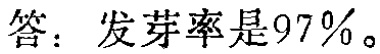
答：发芽率是97%。